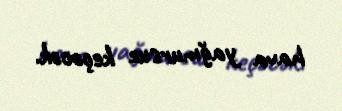
hava yağmursuz keçəcək.